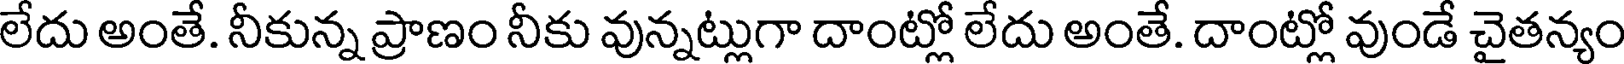
లేదు అంతే. నీకున్న ప్రాణం నీకు వున్నట్లుగా దాంట్లో లేదు అంతే. దాంట్లో వుండే చైతన్యం